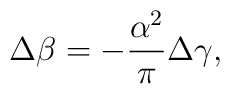
\Delta\beta = -\frac{\alpha^2}{\pi}\Delta\gamma,